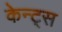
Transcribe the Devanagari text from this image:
केन्ट्स